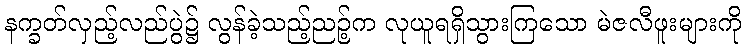
နက္ခတ်လှည့်လည်ပွဲ၌ လွန်ခဲ့သည့်ညဉ့်က လုယူရရှိသွားကြသော မဲဇလီဖူးများကို